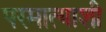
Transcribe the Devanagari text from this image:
परमात्याशी